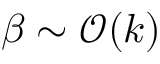
\beta \sim \mathcal { O } ( k )